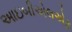
આઇબીએલએફ